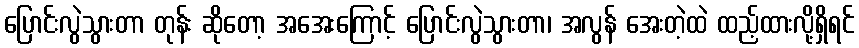
ပြောင်းလွဲသွားတာ တုန်း ဆိုတော့ အအေးကြောင့် ပြောင်းလွဲသွားတာ၊ အလွန် အေးတဲ့ထဲ ထည့်ထားလို့ရှိရင်